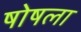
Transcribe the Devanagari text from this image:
षोषला